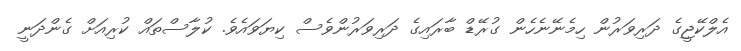
އެލްކޭޖީގެ ދަރިވަރުން ހިމެނޭނެހެން ގުރޭޑް ބާރައިގެ ދަރިވަރުންވެސް ކިޔަވައެވެ. ކުލާސްތައް ކުރިއަށް ގެންދަނީ